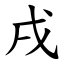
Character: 戌